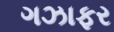
ગઝાફર